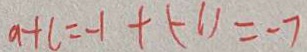
a + c = - 1 + ( - 1 ) = - 7